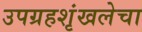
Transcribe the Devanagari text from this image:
उपग्रहशृंखलेचा